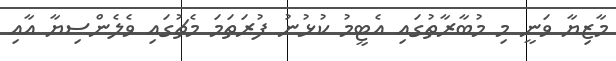
މާޒިޔާ ވަނީ މި މުބާރާތުގައި އެޓީމު ކުޅުނު ފުރަތަމަ މެޗުގައި ވެލެންސިޔާ އާއި